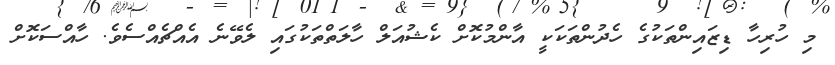
މި ހުރިހާ ޑިޒައިންތަކުގެ ހެދުންތަކަކީ އާންމުކޮށް ކެޝުއަލް ހާލަތްތަކުގައި ލެވޭނެ އެއްޗެއްސެވެ. ހާއްސަކޮށް